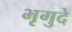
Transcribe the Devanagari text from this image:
भृगुदे